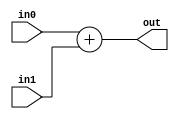
module coreir_add #(
    parameter width = 1
) (
    input [width-1:0] in0,
    input [width-1:0] in1,
    output [width-1:0] out
);
  assign out = in0 + in1;
endmodule

module corebit_const #(
    parameter value = 1
) (
    output out
);
  assign out = value;
endmodule

module Add8_cout_cin (
    input [7:0] I0,
    input [7:0] I1,
    output [7:0] O,
    output COUT,
    input CIN
);
wire bit_const_0_None_out;
wire [8:0] coreir_add9_inst0_out;
wire [8:0] coreir_add9_inst1_out;
corebit_const #(
    .value(1'b0)
) bit_const_0_None (
    .out(bit_const_0_None_out)
);
wire [8:0] coreir_add9_inst0_in1;
assign coreir_add9_inst0_in1 = {bit_const_0_None_out,I1};
coreir_add #(
    .width(9)
) coreir_add9_inst0 (
    .in0(coreir_add9_inst1_out),
    .in1(coreir_add9_inst0_in1),
    .out(coreir_add9_inst0_out)
);
wire [8:0] coreir_add9_inst1_in0;
assign coreir_add9_inst1_in0 = {bit_const_0_None_out,bit_const_0_None_out,bit_const_0_None_out,bit_const_0_None_out,bit_const_0_None_out,bit_const_0_None_out,bit_const_0_None_out,bit_const_0_None_out,CIN};
wire [8:0] coreir_add9_inst1_in1;
assign coreir_add9_inst1_in1 = {bit_const_0_None_out,I0};
coreir_add #(
    .width(9)
) coreir_add9_inst1 (
    .in0(coreir_add9_inst1_in0),
    .in1(coreir_add9_inst1_in1),
    .out(coreir_add9_inst1_out)
);
assign O = coreir_add9_inst0_out[7:0];
assign COUT = coreir_add9_inst0_out[8];
endmodule